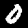
Digit: 0